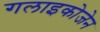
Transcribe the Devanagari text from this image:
गलाइकोजेन